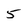
Character: 5